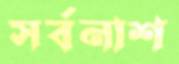
সর্বনাশ